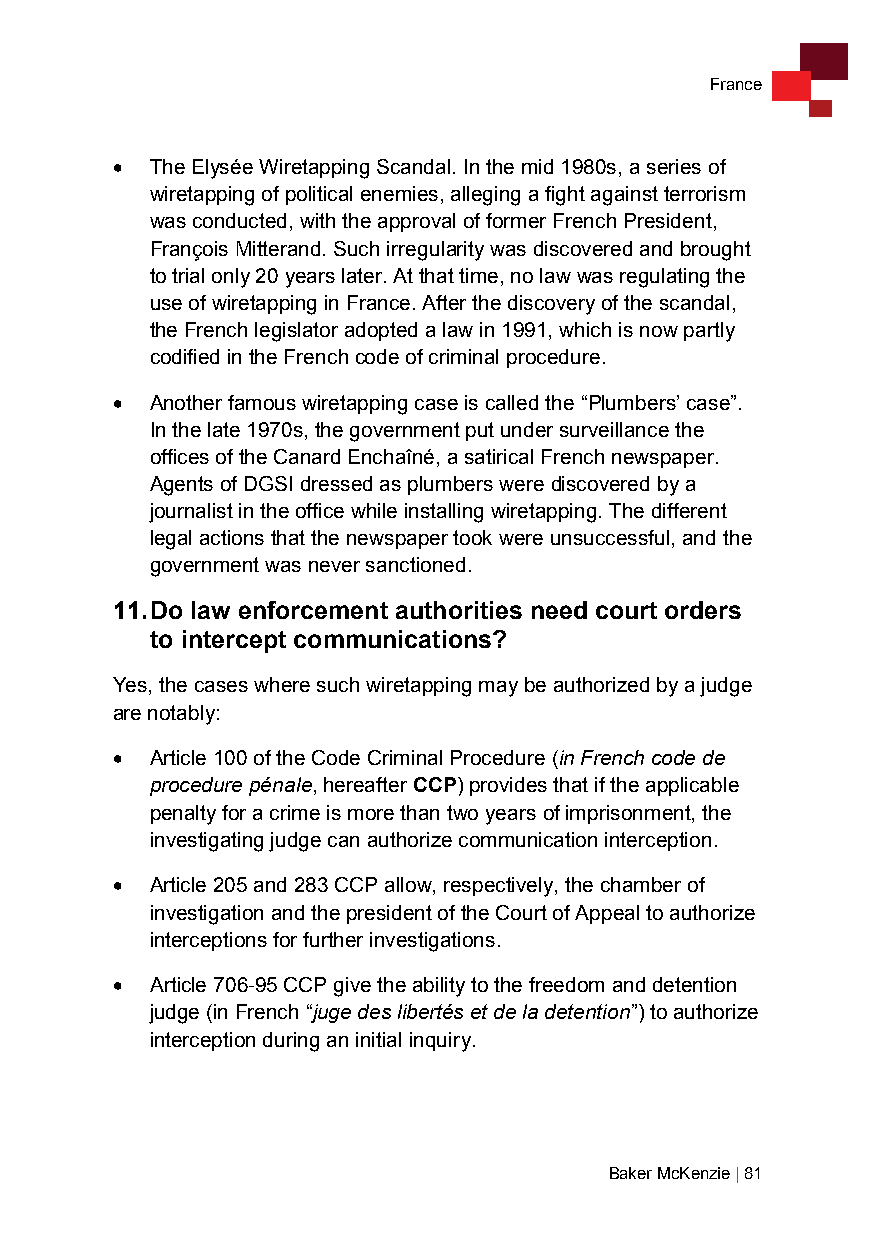
France
 •  The Elysée Wiretapping Scandal. In the mid 1980s, a series of
 wiretapping of political enemies, alleging a fight against terrorism
 was conducted, with the approval of former French President,
 François Mitterand. Such irregularity was discovered and brought
 to trial only 20 years later. At that time, no law was regulating the
 use of wiretapping in France. After the discovery of the scandal,
 the French legislator adopted a law in 1991, which is now partly
 codified in the French code of criminal procedure.
 •  Another famous wiretapping case is called the “Plumbers’ case”.
 In the late 1970s, the government put under surveillance the
 offices of the Canard Enchaîné, a satirical French newspaper.
 Agents of DGSI dressed as plumbers were discovered by a
 journalist in the office while installing wiretapping. The different
 legal actions that the newspaper took were unsuccessful, and the
 government was never sanctioned.
 11. Do law enforcement authorities need court orders
 to intercept communications?
 Yes, the cases where such wiretapping may be authorized by a judge
 are notably:
 •  Article 100 of the Code Criminal Procedure (in French code de
 procedure pénale, hereafter CCP) provides that if the applicable
 penalty for a crime is more than two years of imprisonment, the
 investigating judge can authorize communication interception.
 •  Article 205 and 283 CCP allow, respectively, the chamber of
 investigation and the president of the Court of Appeal to authorize
 interceptions for further investigations.
 •  Article 706-95 CCP give the ability to the freedom and detention
 judge (in French “juge des libertés et de la detention”) to authorize
 interception during an initial inquiry.
 Baker McKenzie | 81